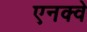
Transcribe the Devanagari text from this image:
एनक्वे